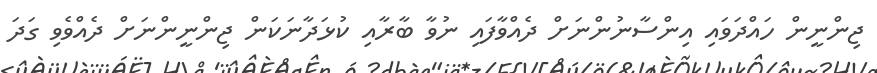
ޖިންނީން ހައްދަވައި އިންސާނުންނަށް ދެއްވާފައި ނުވާ ބާރާއި ކުޅަދާނަކަން ޖިންނީންނަށް ދެއްވެވި ގަދަ